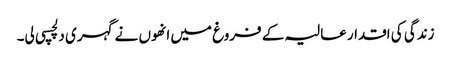
زندگی کی اقدار عالیہ کے فروغ میں انھوں نے گہری دلچسپی لی۔